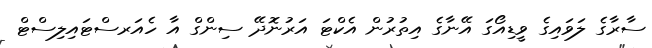
ސާރާގެ ލަވައިގެ ވީޑިއޯގަ އޭނާގެ އިތުރުން އެކްޓަ އަރުނޮދޭ ސިންގް އާ ހެއަރސްޓައިލިސްޓް